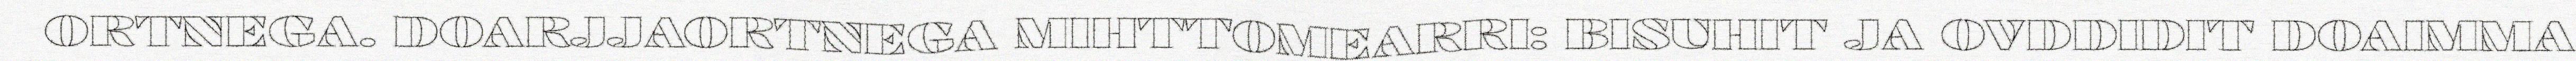
ORTNEGA. DOARJJAORTNEGA MIHTTOMEARRI: BISUHIT JA OVDDIDIT DOAIMMA